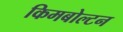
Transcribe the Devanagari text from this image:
किमबोल्टन